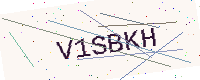
Text: V1SBKH